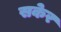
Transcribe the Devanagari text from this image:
सकेर